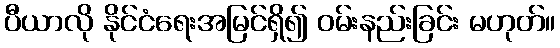
ပီယာလို နိုင်ငံရေးအမြင်ရှိ၍ ဝမ်းနည်းခြင်း မဟုတ်။